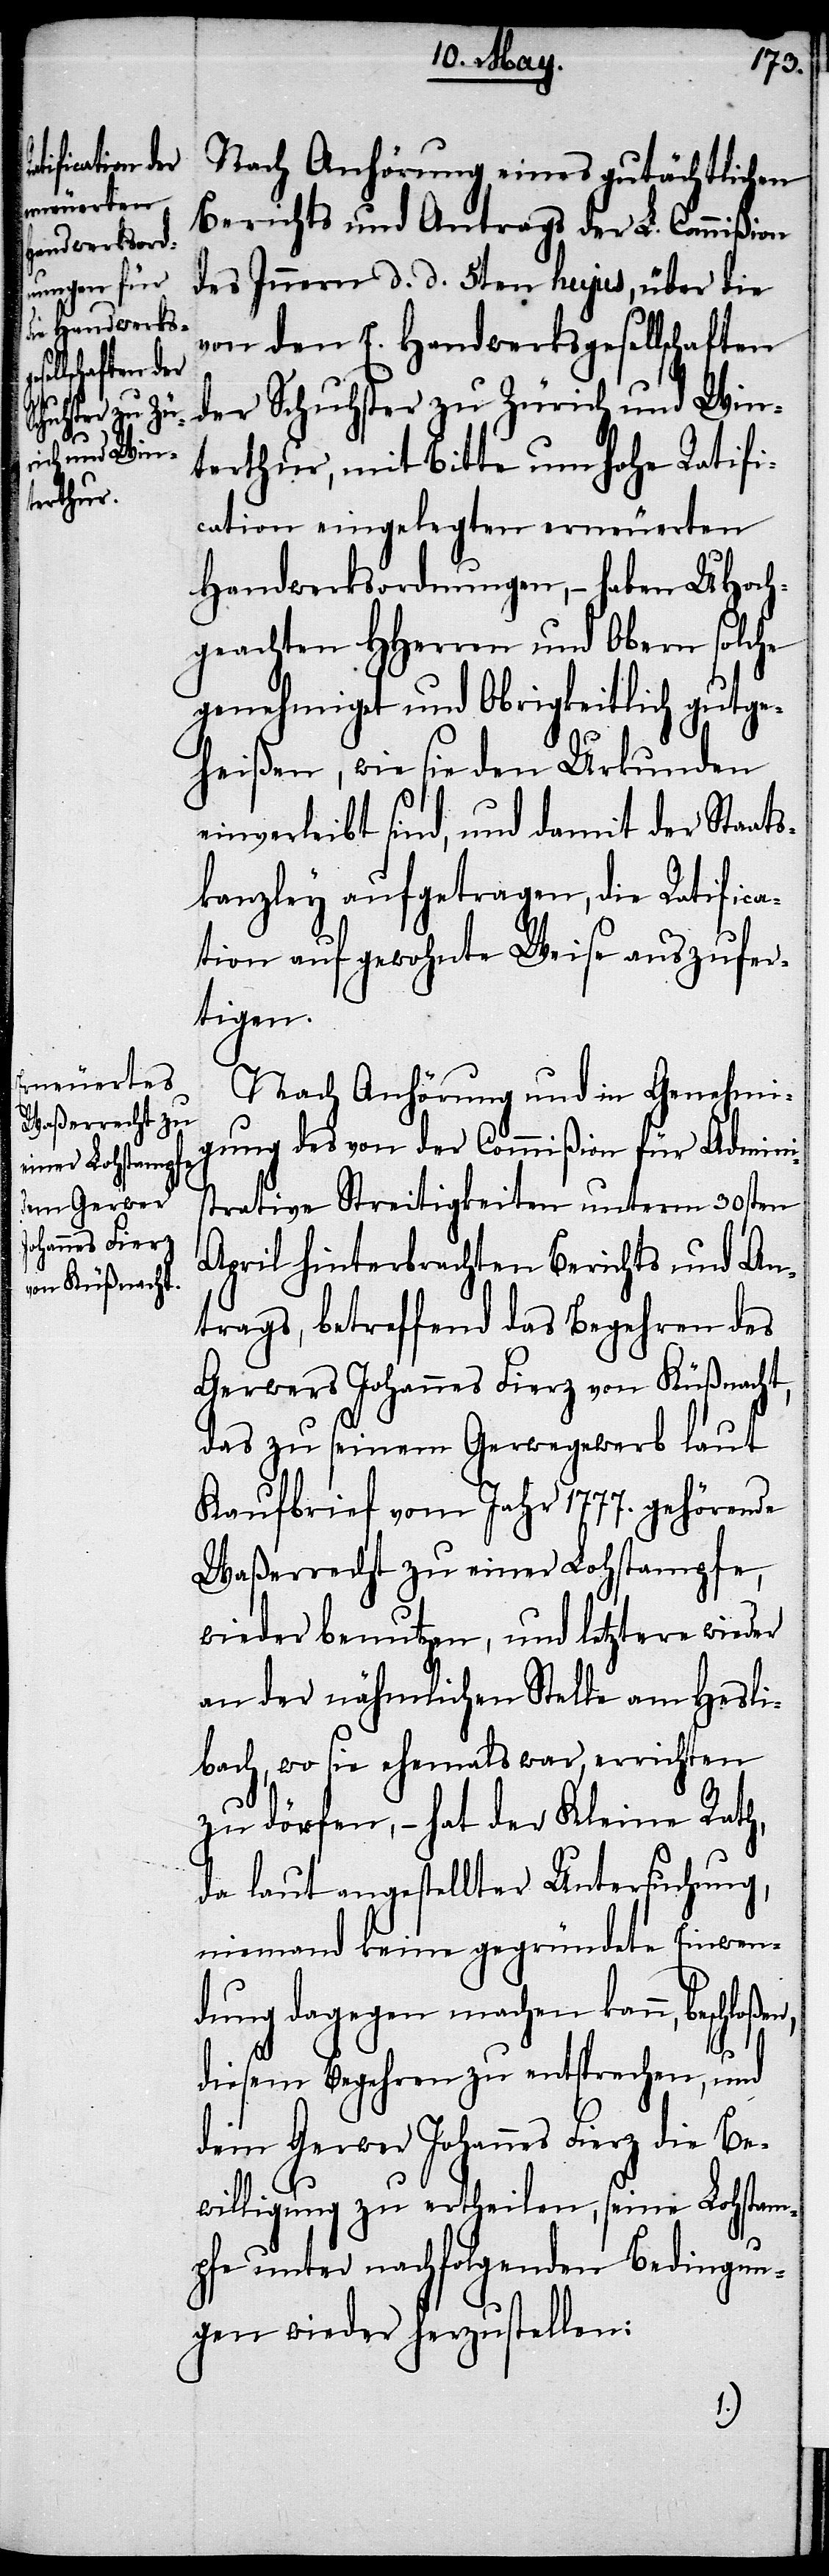
Nach Anhörung eines gutächtlichen
Berichts und Antrags der L. Commißion
des Innern d. d. 5ten hujus, über die
von den E. Handwerksgesellschaften
der Schuhster zu Zürich und Win¬
terthur, mit Bitte um hohe Ratifi¬
cation eingelegten erneuerten
Handwerksordnungen, – haben UHoch¬
geachten HHerren und Obern solche
genehmiget und Obrigkeitlich gutge¬
heißen, wie sie den Urkunden
einverleibt sind, und damit der Staats¬
kanzley aufgetragen, die Ratifica¬
tion auf gewohnte Weise auszufer¬
tigen.
Nach Anhörung und in Genehmi¬
gung des von der Commißion für Admini¬
strative Streitigkeiten unterm 30sten
April hinterbrachten Berichts und An¬
trags, betreffend das Begehren des
Gerwers Johannes Fierz von Küßnacht,
das zu seinem Gerwegewerb laut
Kaufbrief vom Jahr 1777. gehörende
Waßerrecht zu einer Lohstampfe,
wieder benutzen, und letztere wieder
an der nähmlichen Stelle am Hesli¬
bach, wo sie ehemals war, errichten
zu dörfen, – hat der Kleine Rath,
da laut angestellter Untersuchung,
niemand keine gegründete Einwen¬
dung dagegen machen kann,
diesem Begehren zu entsprechen, und
dem Gerwer Johannes Fierz die Be¬
willigung zu ertheilen, seine Lohstam¬
pfe unter nachfolgenden Bedingun¬
gen wieder herzustellen: